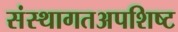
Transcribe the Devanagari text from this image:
संस्थागतअपशिष्ट